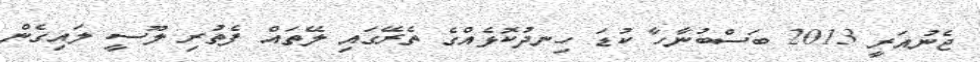
ޖެނުއަރީ 2013 ބަސްބުނާހާ ކުޑަ ހިނދުކޮޅެއްގެ ތެރޭގައި ލޭތައް ފެތުރި ލޫސީ ލައިގެން